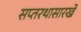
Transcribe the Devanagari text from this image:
सप्तरथासारखे